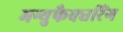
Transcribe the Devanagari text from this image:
मन्युफैक्चरिंग